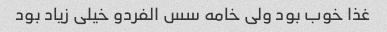
غذا خوب بود ولی خامه سس الفردو خیلی زیاد بود